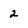
Character: 2